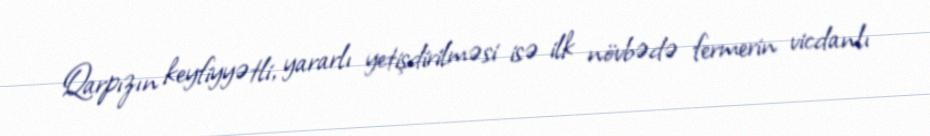
Qarpızın keyfiyyətli, yararlı yetişdirilməsi isə ilk növbədə fermerin vicdanlı